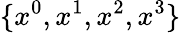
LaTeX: \{ x^{0},x^{1},x^{2},x^{3}\}